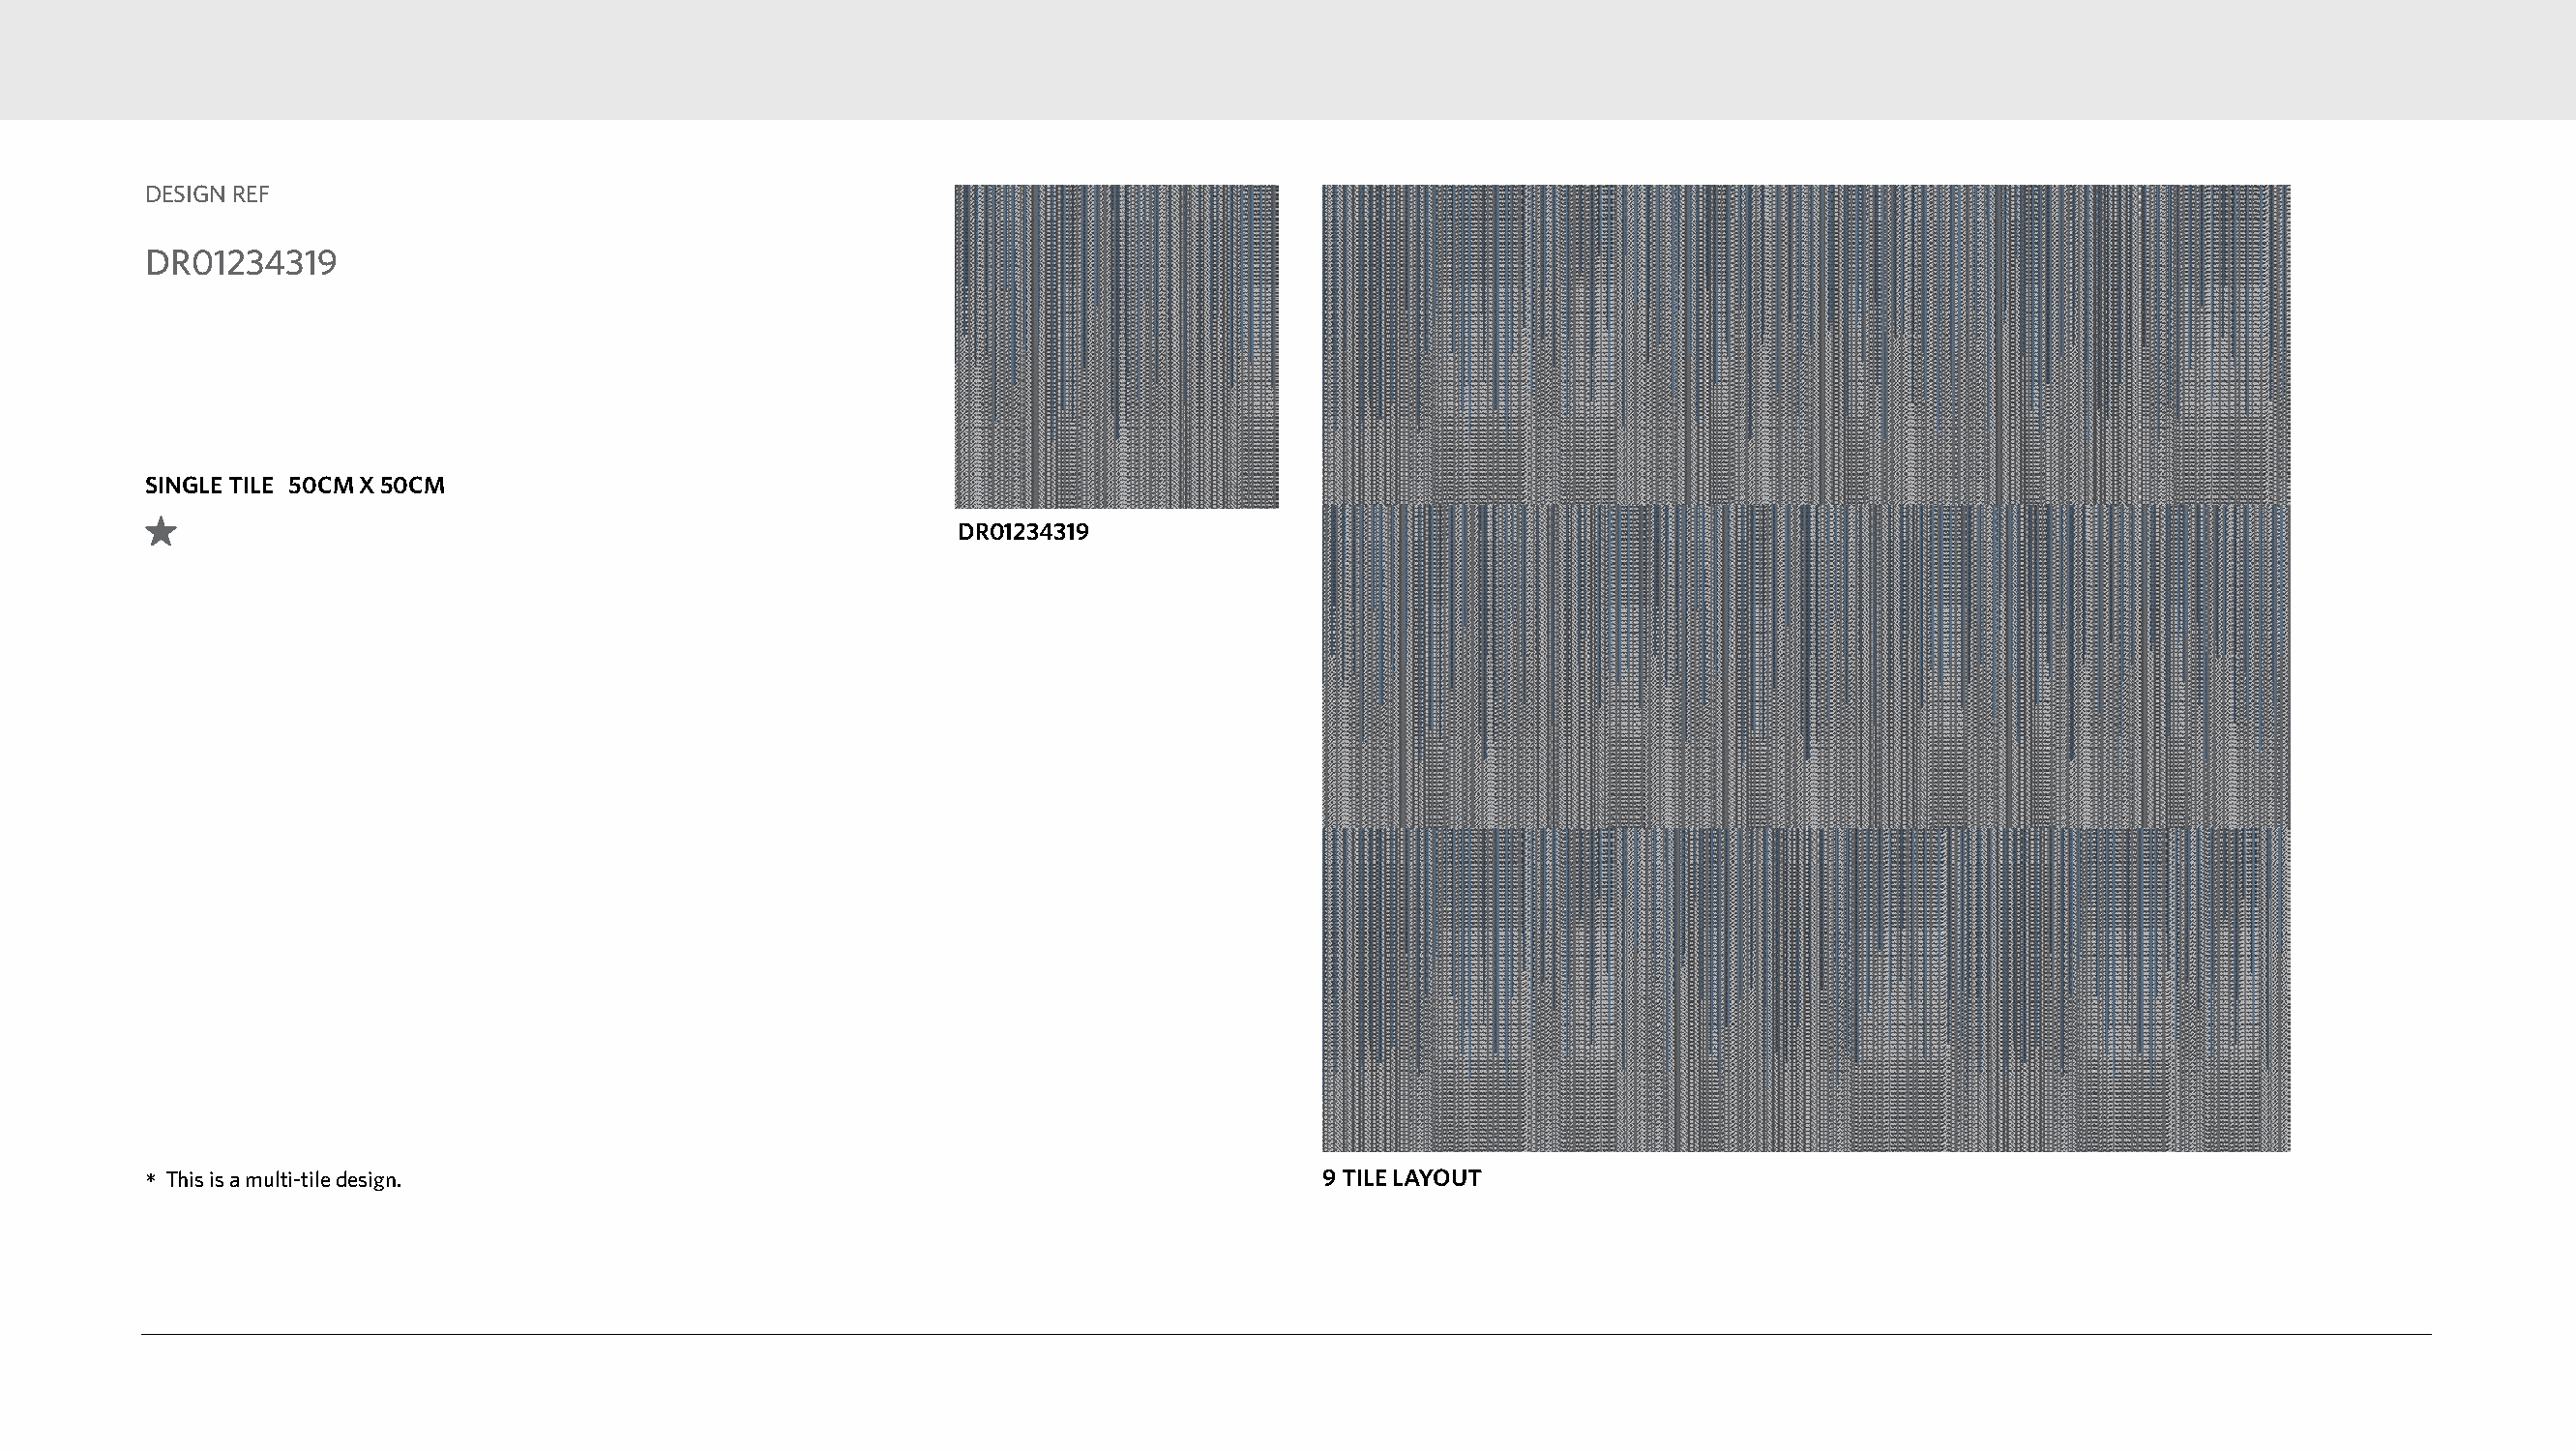
DESIGN REF
 DR01234319
 SINGLE TILE 50CM X 50CM
 DR01234319
 *This is a multi-tile design.                                                    9 TILE LAYOUT